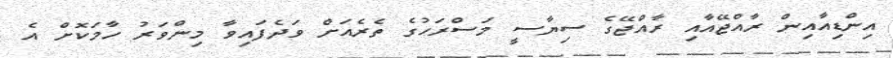
އިންޑިއާއިން ރާއްޖޭއާއި ރާއްޖޭގެ ސިޔާސީ މަސްރަހުގެ ތެރެއަށް ވަދެފައިވާ މިންވަރު ހާމަކޮށް އެ